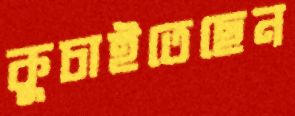
কুচাইতেছেন